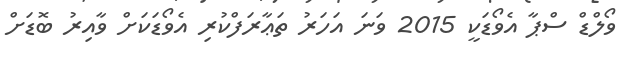
ވޯލްޑް ސްޕާ އެވޯޑަކީ 2015 ވަނަ އަހަރު ތަޢާރަފްކުރި އެވޯޑަކަށް ވާއިރު ބޮޑަށް